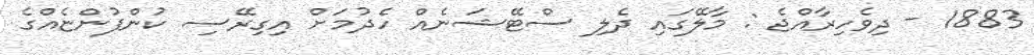
1883 - ދިވެހިރާއްޖެ : މާލޭގައި ދެލި ސްޓޭޝަނެއް ހެދުމަށް އިގިރޭސި ކުންފުންޏެއްގެ